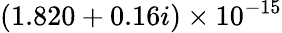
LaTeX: (1.820+0.16i)\times 10^{-15}